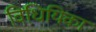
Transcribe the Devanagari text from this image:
विधियिका